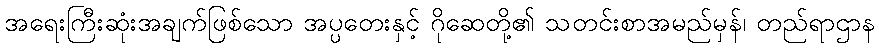
အရေးကြီးဆုံးအချက်ဖြစ်သော အပ္ပတေးနှင့် ဂိုဆေတို့၏ သတင်းစာအမည်မှန်၊ တည်ရာဌာန